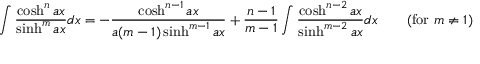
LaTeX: \int { \frac { \cosh ^ { n } a x } { \sinh ^ { m } a x } } d x = - { \frac { \cosh ^ { n - 1 } a x } { a ( m - 1 ) \sinh ^ { m - 1 } a x } } + { \frac { n - 1 } { m - 1 } } \int { \frac { \cosh ^ { n - 2 } a x } { \sinh ^ { m - 2 } a x } } d x \qquad { \mathrm { ( f o r ~ } } m \neq 1 { \mathrm { ) } }